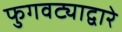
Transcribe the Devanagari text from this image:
फुगवट्याद्वारे